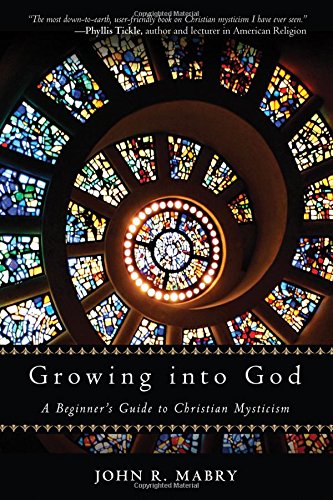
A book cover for Growing into God: A Beginner's Guide to Christian Mysticism; John R Mabry; Christian Books & Bibles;